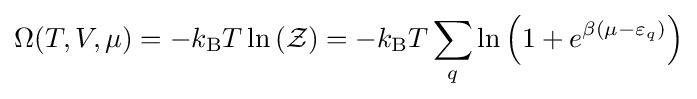
\Omega (T,V,\mu )=-k_{\rm {B}}T\ln \left({\mathcal {Z}}\right)=-k_{\rm {B}}T\sum _{q}\ln \left(1+e^{\beta (\mu -\varepsilon _{q})}\right)